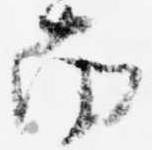
南